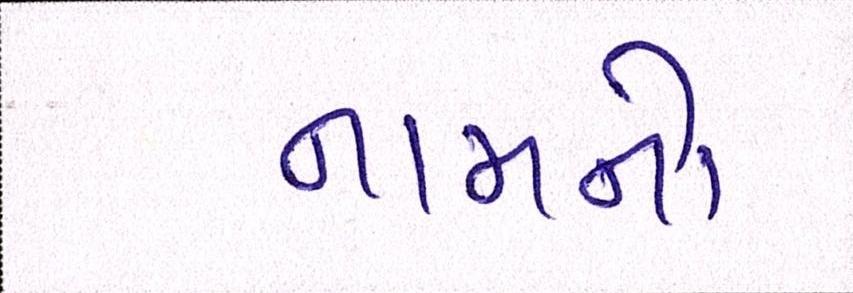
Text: નામનો